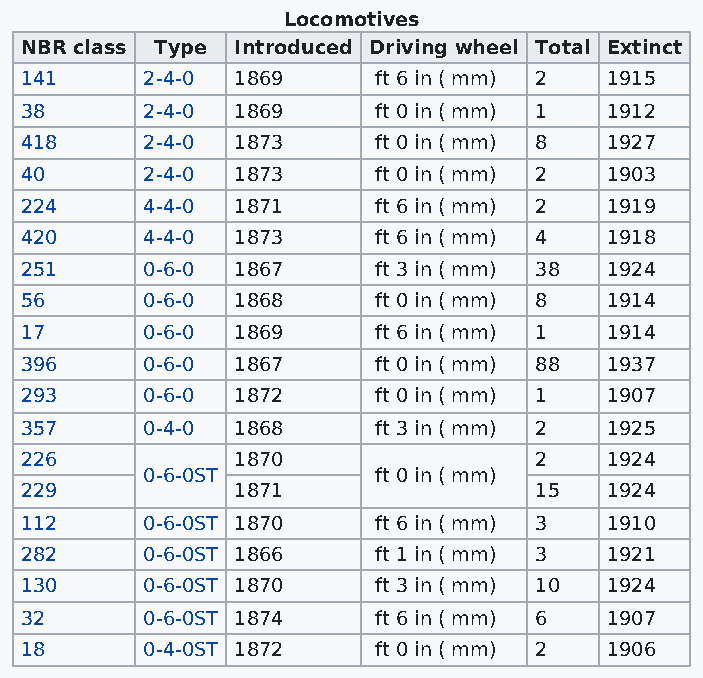
Locomotives
 NBR class Type Introduced Driving wheel Total Extinct
 141     2-4-0  1869     ft 6 in ( mm) 2 1915
 38      2-4-0  1869     ft 0 in ( mm) 1 1912
 418     2-4-0  1873     ft 0 in ( mm) 8 1927
 40      2-4-0  1873     ft 0 in ( mm) 2 1903
 224     4-4-0  1871     ft 6 in ( mm) 2 1919
 420     4-4-0  1873     ft 6 in ( mm) 4 1918
 251     0-6-0  1867     ft 3 in ( mm) 38 1924
 56      0-6-0  1868     ft 0 in ( mm) 8 1914
 17      0-6-0  1869     ft 6 in ( mm) 1 1914
 396     0-6-0  1867     ft 0 in ( mm) 88 1937
 293     0-6-0  1872     ft 0 in ( mm) 1 1907
 357     0-4-0  1868     ft 3 in ( mm) 2 1925
 226            1870               2    1924
 0-6-0ST         ft 0 in ( mm)
 229            1871               15   1924
 112     0-6-0ST 1870    ft 6 in ( mm) 3 1910
 282     0-6-0ST 1866    ft 1 in ( mm) 3 1921
 130     0-6-0ST 1870    ft 3 in ( mm) 10 1924
 32      0-6-0ST 1874    ft 6 in ( mm) 6 1907
 18      0-4-0ST 1872    ft 0 in ( mm) 2 1906